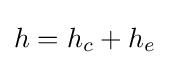
h=h_{c}+h_{e}